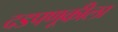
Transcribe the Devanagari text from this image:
दडपणूकीला